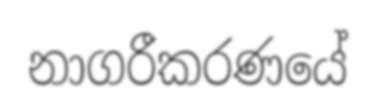
නාගරීකරණයේ